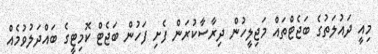
މިއީ ދައުލަތުގެ ބަޖެޓްތައް މަޖިލީހުން ދިރާސާކުރަން ފެށި ފަހުން ބަޖެޓް ކޮމިޓީގެ ބައްދަލުވުމެއް